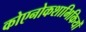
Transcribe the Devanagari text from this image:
कोएनोकशाभिकियों